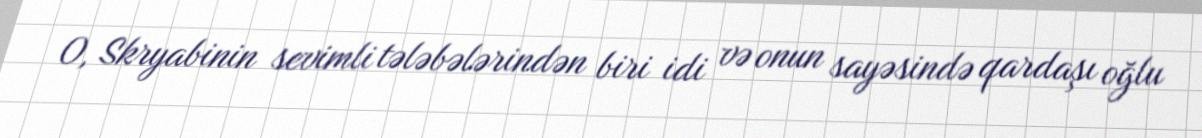
O, Skryabinin sevimli tələbələrindən biri idi və onun sayəsində qardaşı oğlu